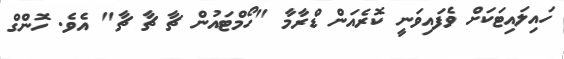
ހައިލައިޓަކަށް ވެފައިވަނީ ކޮރެއަން ޑްރާމާ "ހޯމްޓައުން ޗާ ޗާ ޗާ" އެވެ. ހޮންގް